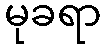
မုခရာ